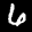
Label: 6